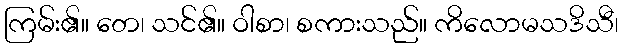
ကြမ်း၏။ တေ၊ သင်၏။ ဝါစာ၊ စကားသည်။ ကိလောမသဒိသီ၊